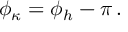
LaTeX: \phi _ { \kappa } = \phi _ { h } - \pi \, .